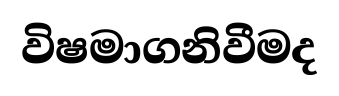
විෂමාගනිවීමද